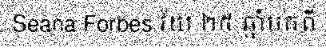
Seana Forbes វ័យ ២៥ ឆ្នាំមកពី